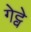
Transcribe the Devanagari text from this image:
गेट्वे